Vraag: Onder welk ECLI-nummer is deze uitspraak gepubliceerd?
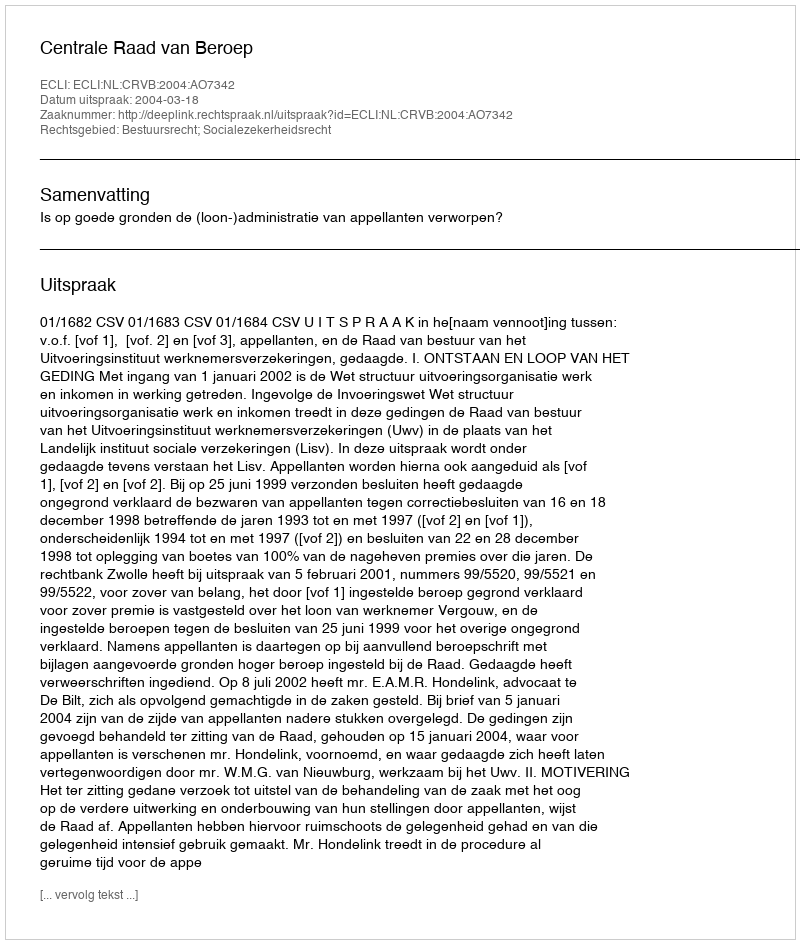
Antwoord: ECLI:NL:CRVB:2004:AO7342